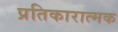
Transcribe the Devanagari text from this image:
प्रतिकारात्मक